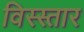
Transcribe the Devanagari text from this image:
विस्स्तार